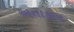
અતાકાન